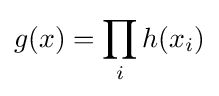
g(x)=\prod _{i}h(x_{i})